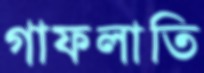
গাফলাতি